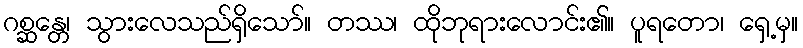
ဂစ္ဆန္တေ၊ သွားလေသည်ရှိသော်။ တဿ၊ ထိုဘုရားလောင်း၏။ ပူရတော၊ ရှေ့မှ။